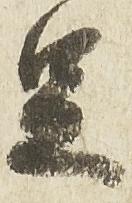
足